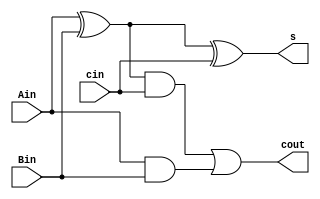
module add1(Ain, Bin, cin, s, cout);
	input Ain, Bin, cin;
	output s, cout;
	wire w1, w2, w3;
	
	xor x1(w1,Ain,Bin);
	xor x2(s,w1,cin);
	and a1(w2,w1,cin);
	and a2(w3,Ain,Bin);
	or o1(cout, w2,w3);

endmodule